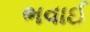
ભવાઈ